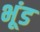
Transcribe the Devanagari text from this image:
भूंड